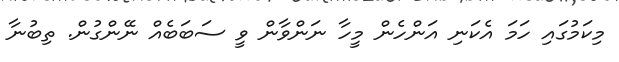
މިކަމުގައި ހަމަ އެކަނި އަންހެން މީހާ ނަންވާން ވީ ސަބަބެއް ނޭންގުން. ތިބުނާ